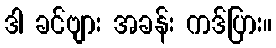
ဒါ ခင်ဗျား အခန်း ကဒ်ပြား။